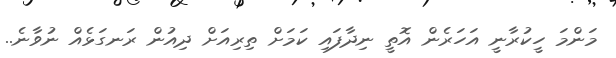
މަންމަ ހީކުރާނީ އަހަރެން އޮތީ ނިދާފައި ކަމަށް ތިރިއަށް ދިއުން ރަނގަޅެއް ނުވާނެ..